Report on vaccination in the Province of Bengal - 1869-1873
Year: 1869
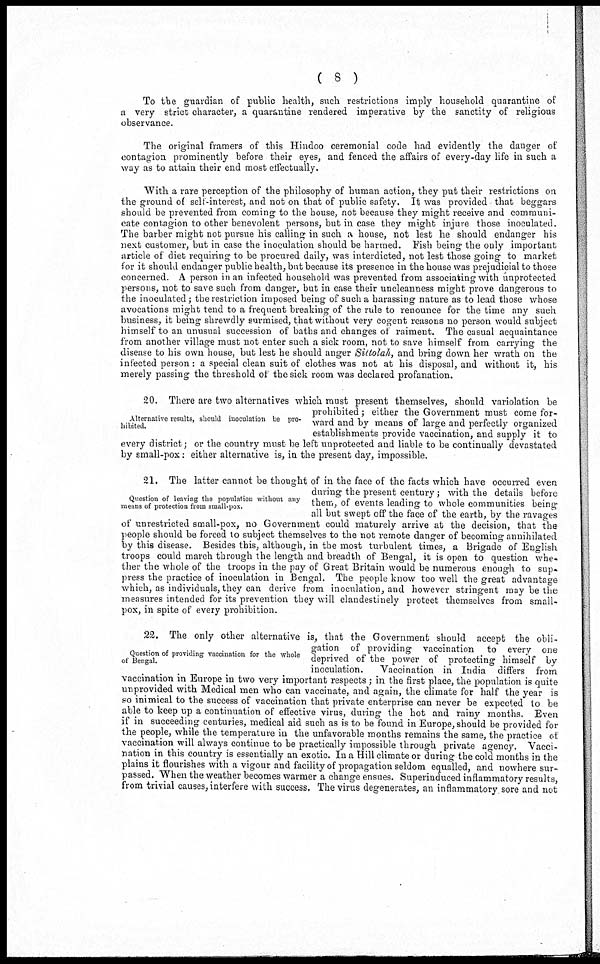
( 8 )
To the guardian of public health, such restrictions imply household quarantine of
a very strict character, a quarantine rendered imperative by the sanctity of religious
observance.
The original framers of this Hindoo ceremonial code had evidently the danger of
contagion prominently before their eyes, and fenced the affairs of every-day life in such a
way as to attain their end most effectually.
With a rare perception of the philosophy of human action, they put their restrictions on
the ground of self-interest, and not on that of public safety. It was provided that beggars
should be prevented from coming to the house, not because they might receive and communi-
cate contagion to other benevolent persons, but in case they might injure those inoculated.
The barber might not pursue his calling in such a house, not lest he should endanger his
next customer, but in case the inoculation should be harmed. Fish being the only important
article of diet requiring to be procured daily, was interdicted, not lest those going to market
for it should endanger public health, but because its presence in the house was prejudicial to those
concerned. A person in an infected household was prevented from associating with unprotected
persons, not to save such from danger, but in case their uncleanness might prove dangerous to
the inoculated; the restriction imposed being of such a harassing nature as to lead those whose
avocations might tend to a frequent breaking of the rule to renounce for the time any such
business, it being shrewdly surmised, that without very cogent reasons no person would subject
himself to an unusual succession of baths and changes of raiment. The casual acquaintance
from another village must not enter such a sick room, not to save himself from carrying the
disease to his own house, but lest he should anger Siltolah, and bring down her wrath on the
infected person: a special clean suit of clothes was not at his disposal, and without it, his
merely passing the threshold of the sick room was declared profanation.
Alternative results, should inoculation be pro-
hibited.
20. There are two alternatives which roust present themselves, should variolation be
prohibited ; either the Government must come for-
ward and by means of large and perfectly organized
establishments provide vaccination, and supply it to
every district; or the country must be left unprotected and liable to be continually devastated
by small-pox: either alternative is, in the present day, impossible.
Question of leaving the population without any
means of protection from small-pox.
21. The latter cannot be thought of in the face of the facts which have occurred even
during the present century; with the details before
them, of events leading to whole communities being
all but swept off the face of the earth, by the ravages
of unrestricted small-pox, no Government could maturely arrive at the decision, that the
people should be forced to subject themselves to the not remote danger of becoming annihilated
by this disease. Besides this, although, in the most turbulent times, a Brigade of English
troops could march through the length and breadth of Bengal, it is open to question whe-
ther the whole of the troops in the pay of Great Britain would be numerous enough to sup¬
press the practice of inoculation in Bengal. The people know too well the great advantage
which, as individuals, they can derive from inoculation, and however stringent may be the
measures intended for its prevention they will clandestinely protect themselves from small-
pox, in spite of every prohibition.
Question of providing vaccination for the whole
of Bengal.
22. The only other alternative is, that the Government should accept the obli-
gation of providing vaccination to every one
deprived of the power of protecting himself by
inoculation.
Vaccination in India differs from
vaccination in Europe in two very important respects; in the first place, the population is quite
unprovided with Medical men who can vaccinate, and again, the climate for half the year is
so inimical to the success of vaccination that private enterprise can never be expected to be
able to keep up a continuation of effective virus, during the hot and rainy months. Even
if in succeeding centuries, medical aid such as is to be found in Europe, should be provided for
the people, while the temperature in the unfavorable months remains the same, the practice of
vaccination will always continue to be practically impossible through private agency. Vacci-
nation in this country is essentially an exotic. In a Hill climate or during the cold months in the
plains it flourishes with a vigour and facility of propagation seldom equalled, and nowhere sur-
passed.When the weather becomes warmer a change ensues. Superinduced inflammatory results,
from trivial causes, interfere with success. The virus degenerates, an inflammatory sore and not